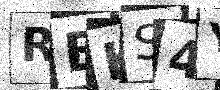
Text: REKS4Y